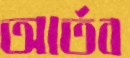
আর্তব